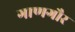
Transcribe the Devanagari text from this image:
गाणगौर